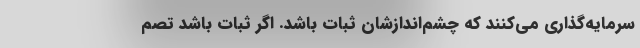
سرمایه‌گذاری می‌کنند که چشم‌اندازشان ثبات باشد. اگر ثبات باشد تصم